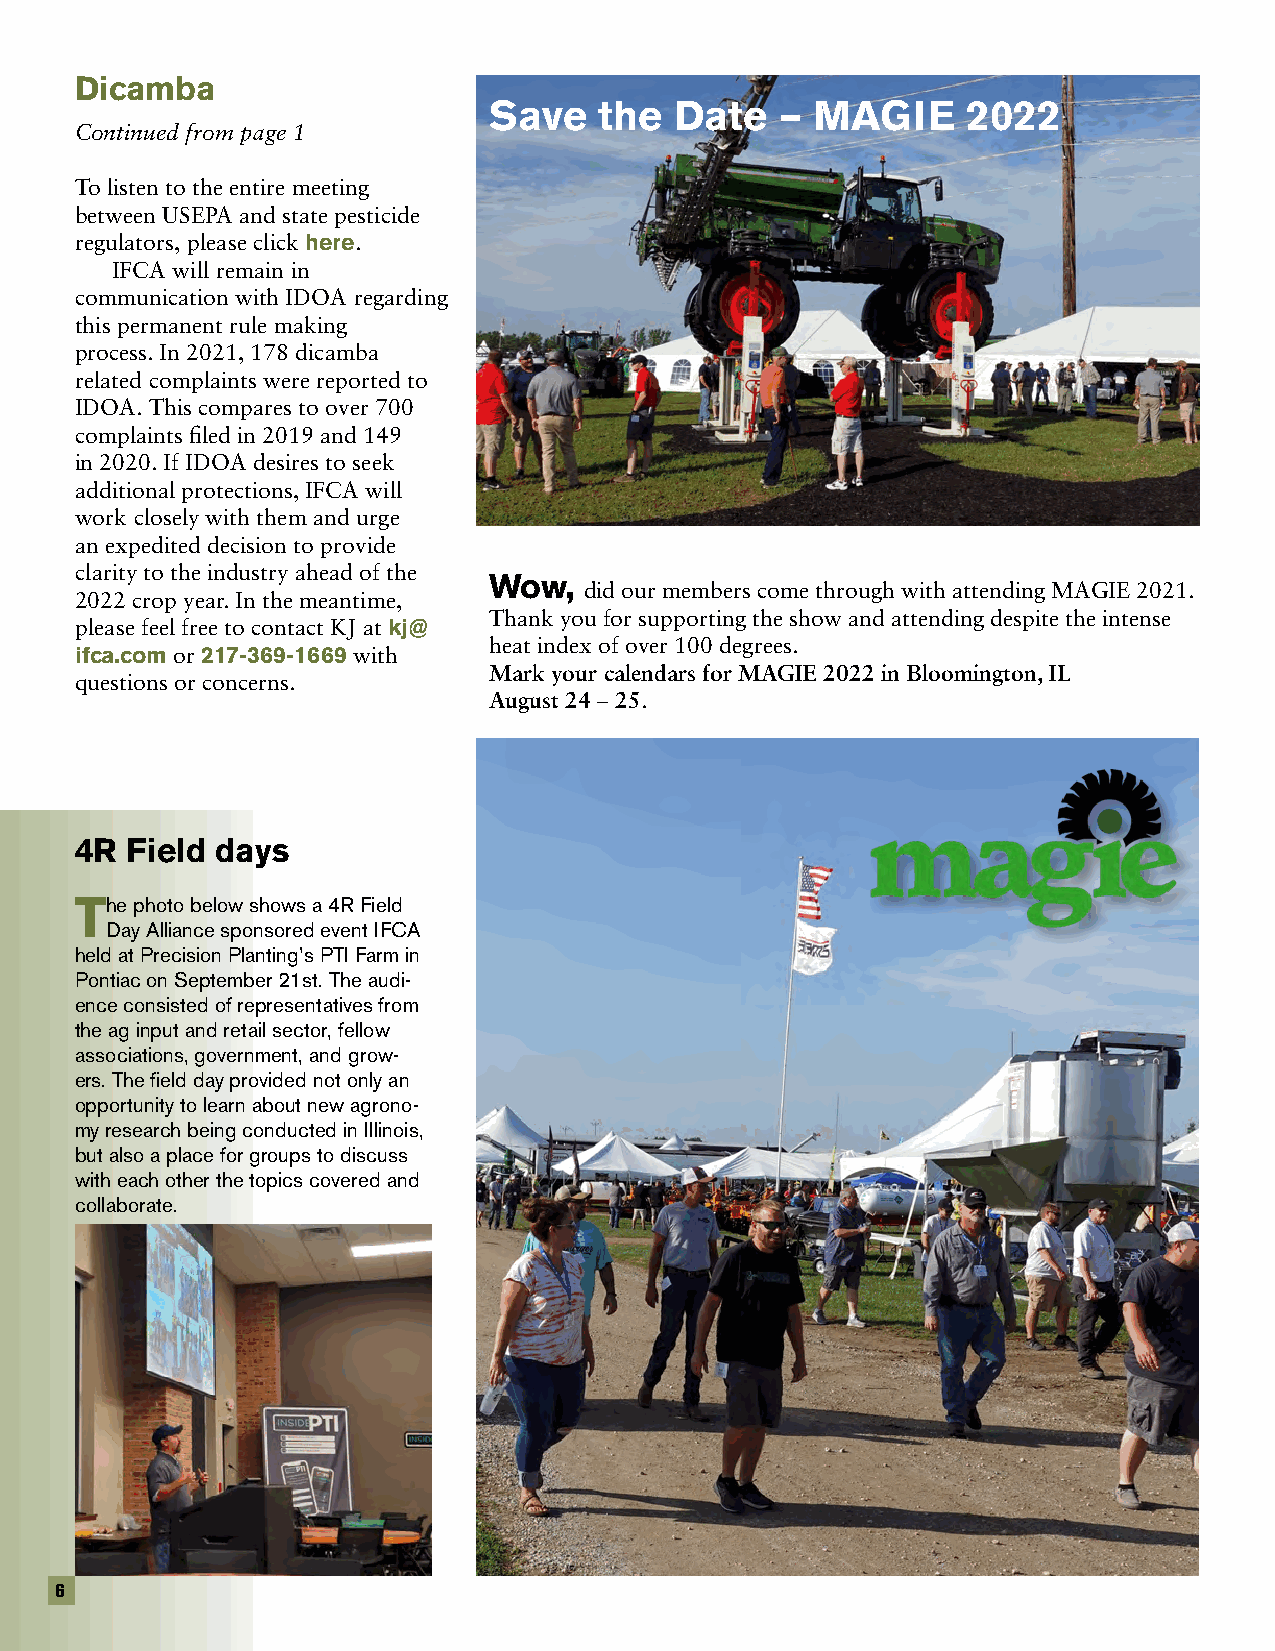
Dicamba
 Save    the  Date   – MAGIE     2022
 Continued from page 1
 To listen to the entire meeting
 between USEPA and state pesticide
 regulators, please click here.
 IFCA will remain in
 communication with IDOA regarding
 this permanent rule making
 process. In 2021, 178 dicamba
 related complaints were reported to
 IDOA. This compares to over 700
 complaints filed in 2019 and 149
 in 2020. If IDOA desires to seek
 additional protections, IFCA will
 work closely with them and urge
 an expedited decision to provide
 clarity to the industry ahead of the
 Wow,
 did our members come through with attending MAGIE 2021.
 2022 crop year. In the meantime,
 Thank you for supporting the show and attending despite the intense
 please feel free to contact KJ at kj@
 heat index of over 100 degrees.
 ifca.com or 217-369-1669 with
 Mark your calendars for MAGIE 2022 in Bloomington, IL
 questions or concerns.
 August 24 – 25.
 4R Field days
 The photo below shows a 4R Field
 Day Alliance sponsored event IFCA
 held at Precision Planting’s PTI Farm in
 Pontiac on September 21st. The audi-
 ence consisted of representatives from
 the ag input and retail sector, fellow
 associations, government, and grow-
 ers. The field day provided not only an
 opportunity to learn about new agrono-
 my research being conducted in Illinois,
 but also a place for groups to discuss
 with each other the topics covered and
 collaborate.
 6